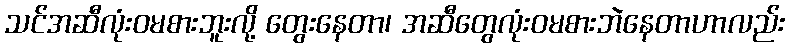
သင်အဆီလုံးဝမစားဘူးလို့ တွေးနေတာ၊ အဆီတွေလုံးဝမစားဘဲနေတာဟာလည်း